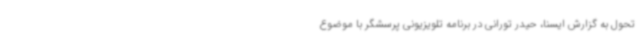
تحول به گزارش ایسنا، حیدر تورانی در برنامه تلویزیونی پرسشگر با موضوع